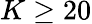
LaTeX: K\geq 20